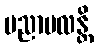
ပညာဗလန္တိ